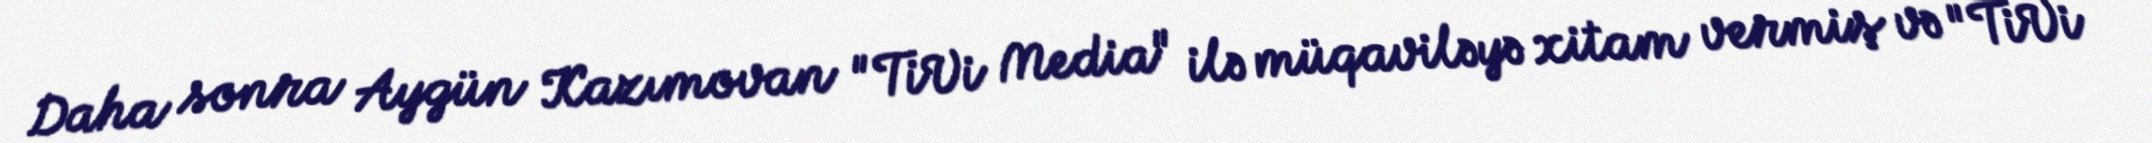
Daha sonra Aygün Kazımovan "TiVi Media" ilə müqaviləyə xitam vermiş və "TiVi